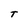
Character: T